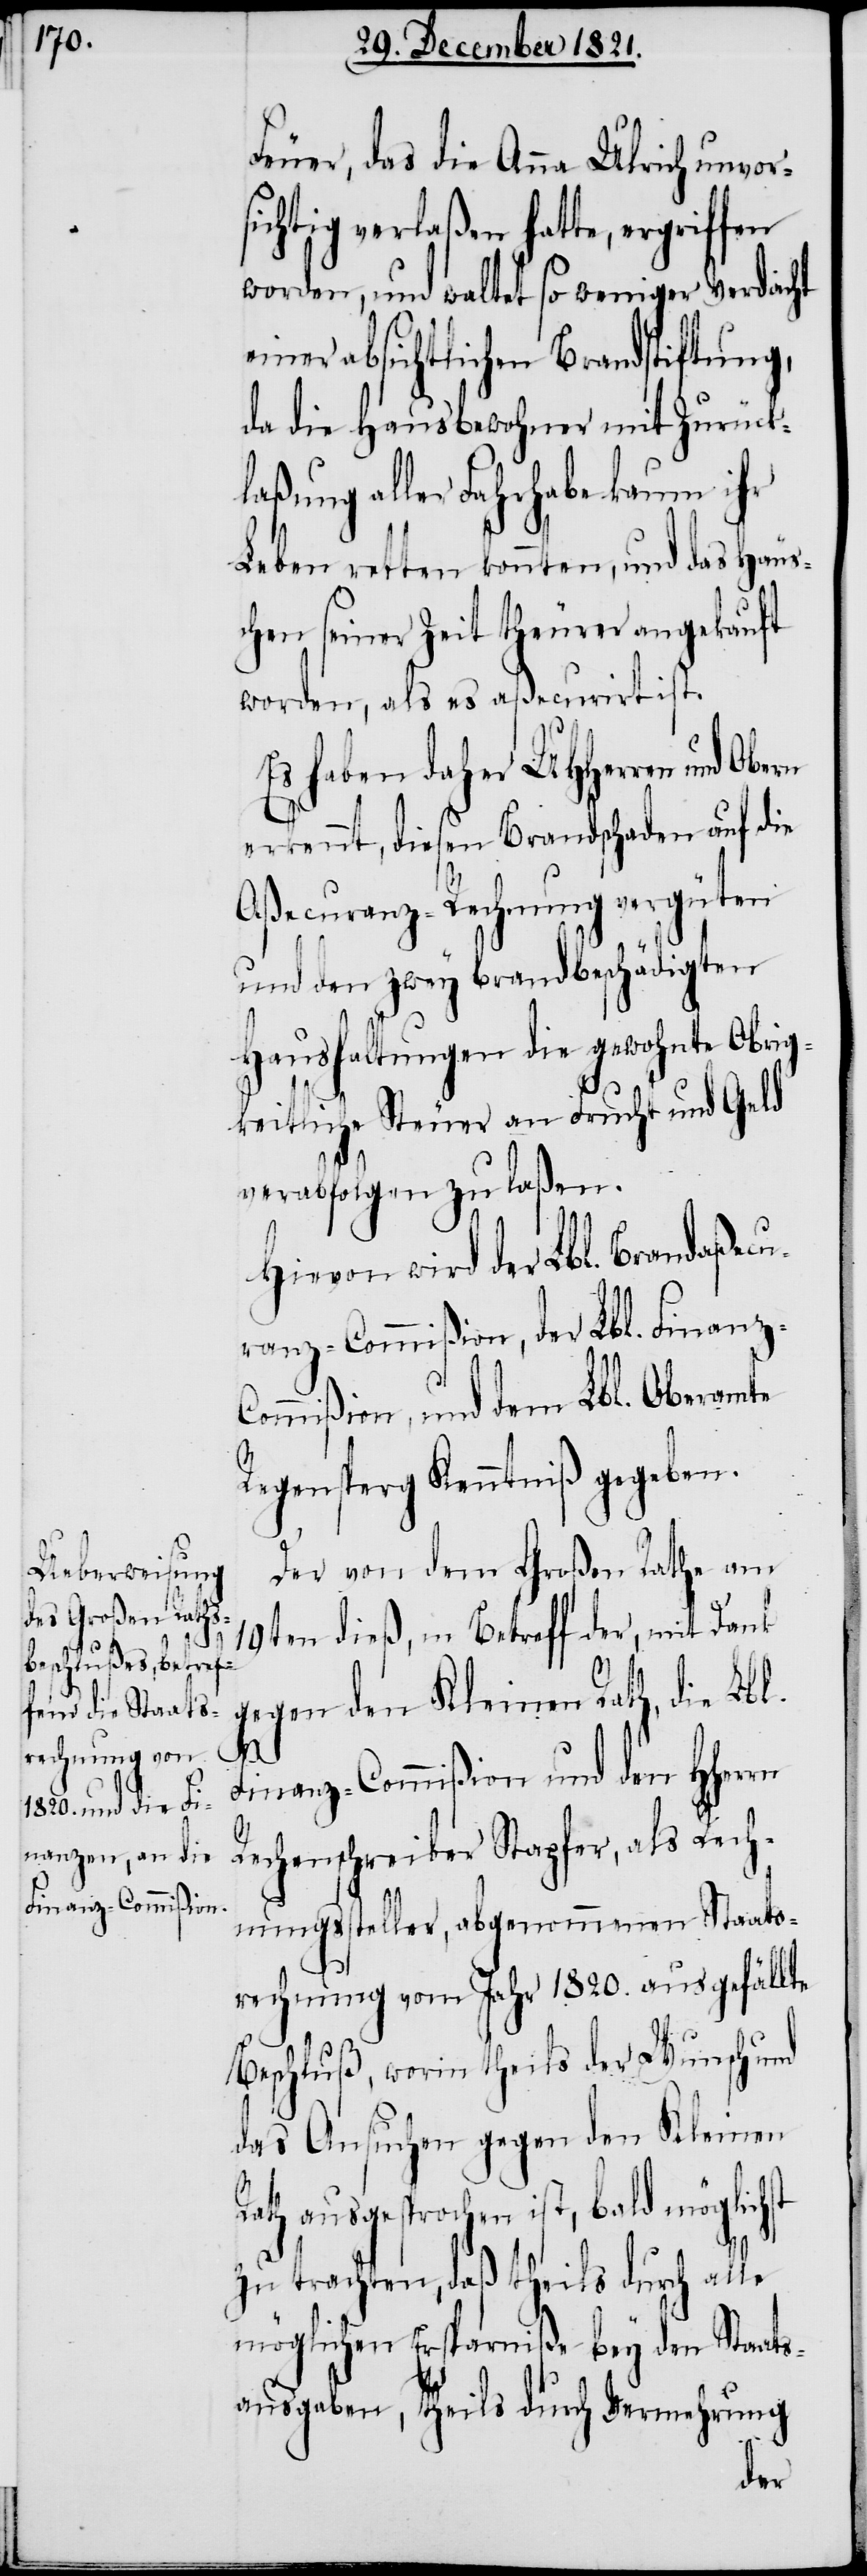
Feuer, das die Anna Ulrich unvors¬
ichtig verlaßen hatte, ergriffen
worden, und waltet so weniger Verdacht
einer absichtlichen Brandstiftung,
da die Hausbewohner mit Zurück¬
laßung aller Fahrhabe kaum ihr
Leben retten konnten, und das Häus¬
chen seiner Zeit theurer angekauft
worden, als es aßecurirt ist.
Es haben daher UHHerren und
erkennt, diesen Brandschaden auf die
Aßecuranz-Rechnung vergüten
und den zwey brandbeschädigten
Haushaltungen die gewohnte Obrig¬
keitliche Steuer an Frucht und Geld
verabfolgen zu laßen.
R¬
Hievon wird der Lbl. Brandaßecu¬
ranz-Commißion, der Lbl. Finanz-C¬
ommißion, und dem Lbl. Oberamte
Regensperg Kenntniß gegeben.
Der von dem Großen Rathe am
19ten dieß, in Betreff der, mit Dank
gegen den Kleinen Rath, die Lbl.
hst
Finanz-Commißion und den HHerrn
Rechenschreiber Stapfer, als Rech¬
nungssteller, abgenommenen Staats¬
rechnung vom Jahr 1820. ausgefällte
Beschluß, worin theils der Wunsch und
das Ansuchen gegen den Kleinen
ath ausgesprochen ist, bald möglic¬
zu trachten, daß theils durch alle
möglichen Ersparniße bey den Staat¬
sausgaben, theils durch Vermehrung